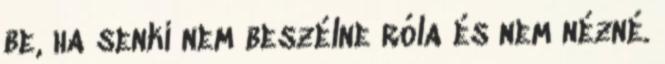
be, ha senki nem beszélne róla és nem nézné.